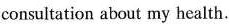
consultation about my health.